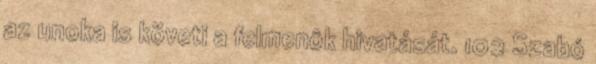
az unoka is követi a felmenôk hivatását. 102 Szabó